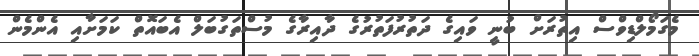
މެގަމޯލްޑިވްސް އިތުރަށް ބުނީ ވައިގެ ދަތުރުފަތުރުގެ ދާއިރާގެ މުސްތަގުބަލް އެބައޮތް ކަމަށާއި އެންމެން